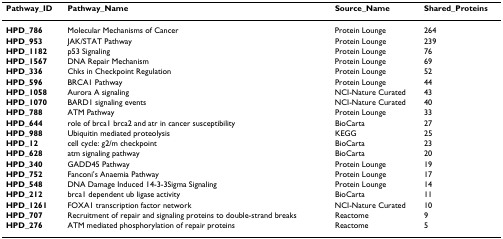
<table><thead><tr><td><b>Pathway_ID</b></td><td><b>Pathway_Name</b></td><td><b>Source_Name</b></td><td><b>Shared_Proteins</b></td></tr></thead><tbody><tr><td><b>HPD_786</b></td><td>Molecular Mechanisms of Cancer</td><td>Protein Lounge</td><td>264</td></tr><tr><td><b>HPD_953</b></td><td>JAK/STAT Pathway</td><td>Protein Lounge</td><td>239</td></tr><tr><td><b>HPD_1182</b></td><td>p53 Signaling</td><td>Protein Lounge</td><td>76</td></tr><tr><td><b>HPD_1567</b></td><td>DNA Repair Mechanism</td><td>Protein Lounge</td><td>69</td></tr><tr><td><b>HPD_336</b></td><td>Chks in Checkpoint Regulation</td><td>Protein Lounge</td><td>52</td></tr><tr><td><b>HPD_596</b></td><td>BRCA1 Pathway</td><td>Protein Lounge</td><td>44</td></tr><tr><td><b>HPD_1058</b></td><td>Aurora A signaling</td><td>NCI-Nature Curated</td><td>43</td></tr><tr><td><b>HPD_1070</b></td><td>BARD1 signaling events</td><td>NCI-Nature Curated</td><td>40</td></tr><tr><td><b>HPD_788</b></td><td>ATM Pathway</td><td>Protein Lounge</td><td>33</td></tr><tr><td><b>HPD_644</b></td><td>role of brca1 brca2 and atr in cancer susceptibility</td><td>BioCarta</td><td>27</td></tr><tr><td><b>HPD_988</b></td><td>Ubiquitin mediated proteolysis</td><td>KEGG</td><td>25</td></tr><tr><td><b>HPD_12</b></td><td>cell cycle: g2/m checkpoint</td><td>BioCarta</td><td>23</td></tr><tr><td><b>HPD_628</b></td><td>atm signaling pathway</td><td>BioCarta</td><td>20</td></tr><tr><td><b>HPD_340</b></td><td>GADD45 Pathway</td><td>Protein Lounge</td><td>19</td></tr><tr><td><b>HPD_752</b></td><td>Fanconi&#x27;s Anaemia Pathway</td><td>Protein Lounge</td><td>17</td></tr><tr><td><b>HPD_548</b></td><td>DNA Damage Induced 14-3-3Sigma Signaling</td><td>Protein Lounge</td><td>14</td></tr><tr><td><b>HPD_212</b></td><td>brca1 dependent ub ligase activity</td><td>BioCarta</td><td>11</td></tr><tr><td><b>HPD_1261</b></td><td>FOXA1 transcription factor network</td><td>NCI-Nature Curated</td><td>10</td></tr><tr><td><b>HPD_707</b></td><td>Recruitment of repair and signaling proteins to double-strand breaks</td><td>Reactome</td><td>9</td></tr><tr><td><b>HPD_276</b></td><td>ATM mediated phosphorylation of repair proteins</td><td>Reactome</td><td>5</td></tr></tbody></table>